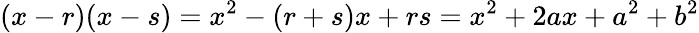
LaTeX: (x-r)(x-s)=x^{2}-(r+s)x+rs=x^{2}+2ax+a^{2}+b^{2}